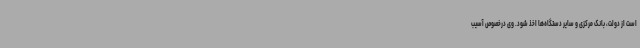
است از دولت، بانک مرکزی و سایر دستگاه‌ها اخذ ‌شود. وی درخصوص آسیب